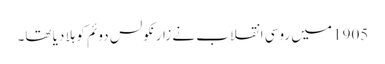
1905 میں روسی انقلاب نے زار نکولس دوئم کو ہلا دیا تھا۔